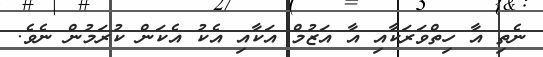
ނެތި އާ ހިތްވަރަކާއި އާ އަޒުމް އަކާއި އެކު އެކަން ކުރަމުން ނެވެ.